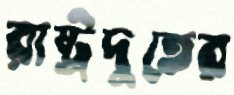
রাষ্ট্রদুতের